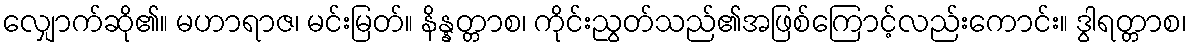
လျှောက်ဆို၏။ မဟာရာဇ၊ မင်းမြတ်။ နိန္နတ္တာစ၊ ကိုင်းညွတ်သည်၏အဖြစ်ကြောင့်လည်းကောင်း။ ဒွါရတ္တာစ၊